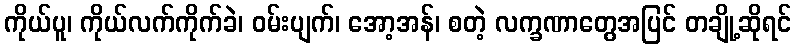
ကိုယ်ပူ၊ ကိုယ်လက်ကိုက်ခဲ၊ ဝမ်းပျက်၊ အော့အန်၊ စတဲ့ လက္ခဏာတွေအပြင် တချို့ဆိုရင်